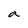
Character: a